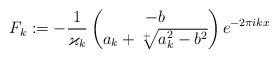
LaTeX: \begin{align*}F_k:=-\frac{1}{\varkappa_k}\begin{pmatrix}-b\\a_k+\sqrt[+]{a_k^2-b^2}\end{pmatrix}e^{-2\pi i k x}\end{align*}